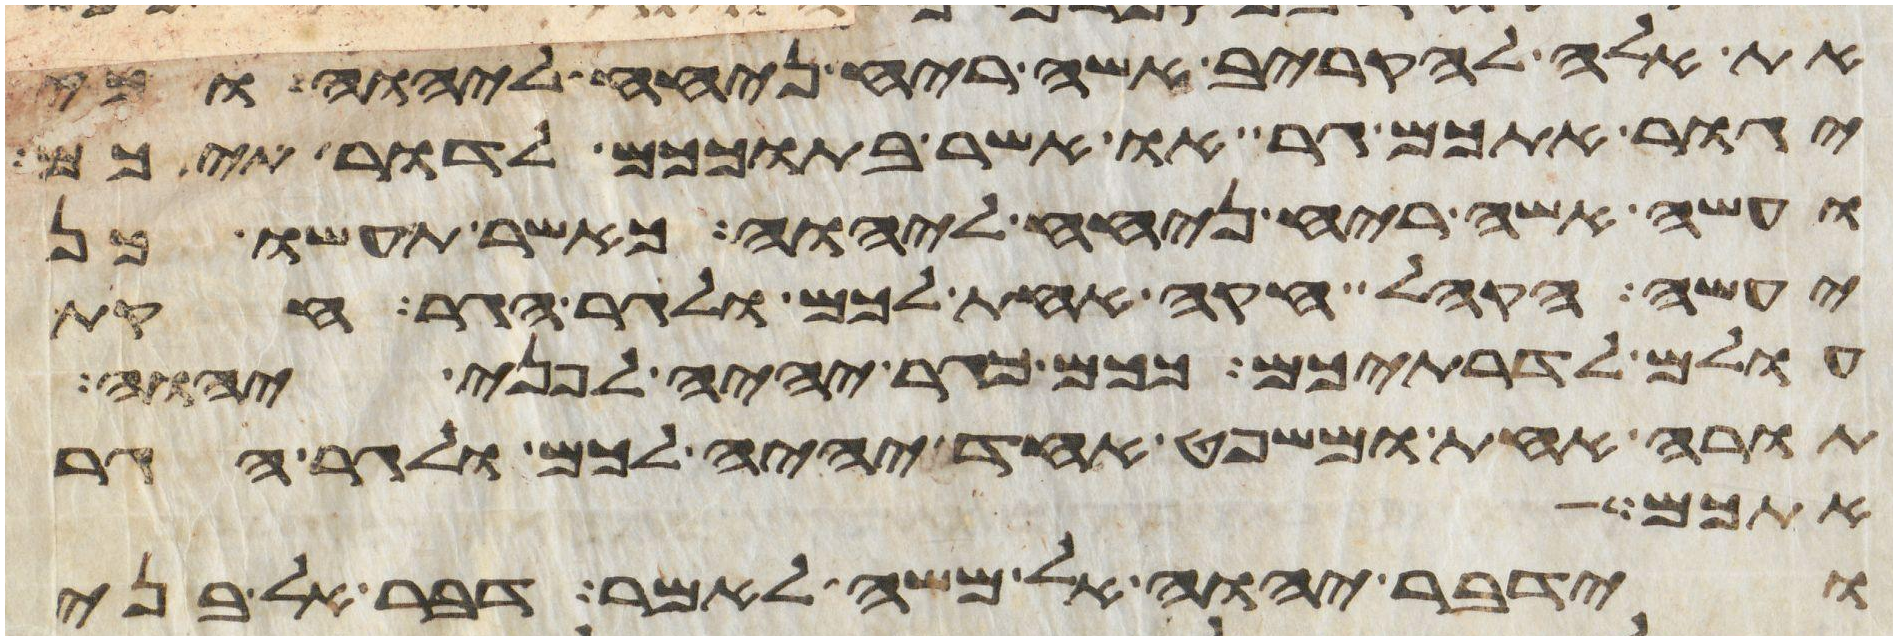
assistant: את אלה להקריב אשה ריח ניחח ליהוה וכי
יגור אתכם גר או אשר בתוככם לדרתיכם
ועשה אשה ריח ניחח ליהוה כאשר תעשו כן
יעשה הקהל חקה אחת לכם ולגר הגר חקת
עולם לדרתיכם ככם כגר יהיה לפני יהוה
תורה אחת ומשפט אחד יהיה לכם ולגר הגר
אמש
וידבר יהוה אל משה לאמר דבר אל בני